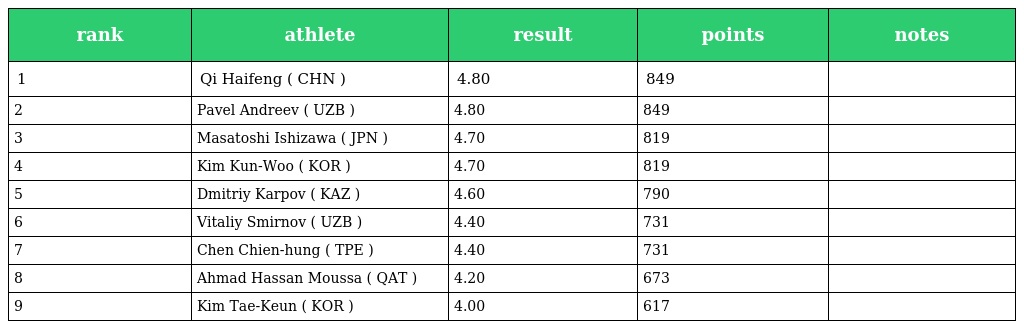
| rank | athlete | result | points | notes |
 | --- | --- | --- | --- | --- |
 | 1 | Qi Haifeng ( CHN ) | 4.80 | 849 |  |
 | 2 | Pavel Andreev ( UZB ) | 4.80 | 849 |  |
 | 3 | Masatoshi Ishizawa ( JPN ) | 4.70 | 819 |  |
 | 4 | Kim Kun-Woo ( KOR ) | 4.70 | 819 |  |
 | 5 | Dmitriy Karpov ( KAZ ) | 4.60 | 790 |  |
 | 6 | Vitaliy Smirnov ( UZB ) | 4.40 | 731 |  |
 | 7 | Chen Chien-hung ( TPE ) | 4.40 | 731 |  |
 | 8 | Ahmad Hassan Moussa ( QAT ) | 4.20 | 673 |  |
 | 9 | Kim Tae-Keun ( KOR ) | 4.00 | 617 |  |